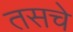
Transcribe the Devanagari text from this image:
तसचे